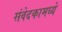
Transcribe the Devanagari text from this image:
संवेदकामध्ये